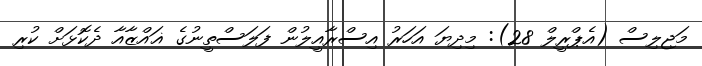
މަޖިލިސް (އެޕްރީލް 28): މިދިޔަ އަހަރު އިސްރާއީލުން ފަލަސްތީނުގެ ޣައްޒާއާ ދެކޮޅަށް ކުރި